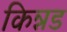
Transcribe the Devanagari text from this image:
किन्नड